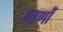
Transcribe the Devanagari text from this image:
भाणों